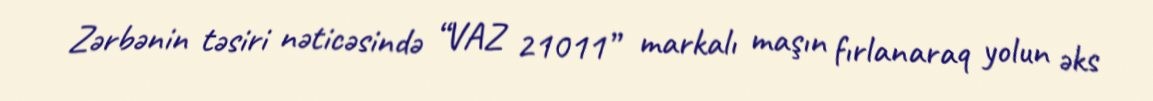
Zərbənin təsiri nəticəsində “VAZ 21011” markalı maşın fırlanaraq yolun əks